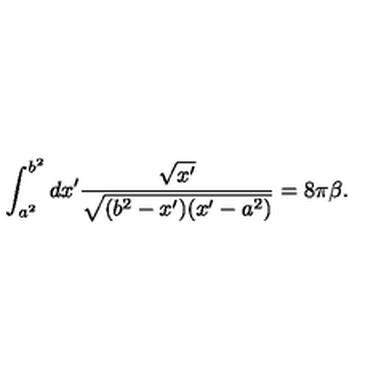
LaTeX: \int _ { a ^ { 2 } } ^ { b ^ { 2 } } d x ^ { \prime } { \frac { \sqrt { x ^ { \prime } } } { \sqrt { ( b ^ { 2 } - x ^ { \prime } ) ( x ^ { \prime } - a ^ { 2 } ) } } } = 8 \pi \beta .